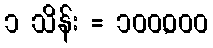
၁ သိန်း = ၁၀၀,၀၀၀